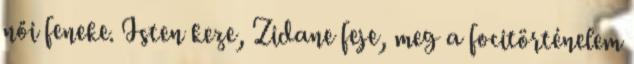
női feneke. Isten keze, Zidane feje, meg a focitörténelem